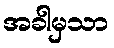
အခါမှသာ